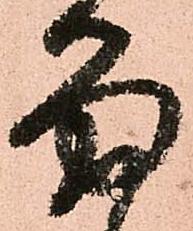
留